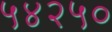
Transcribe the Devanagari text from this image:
५४२५०